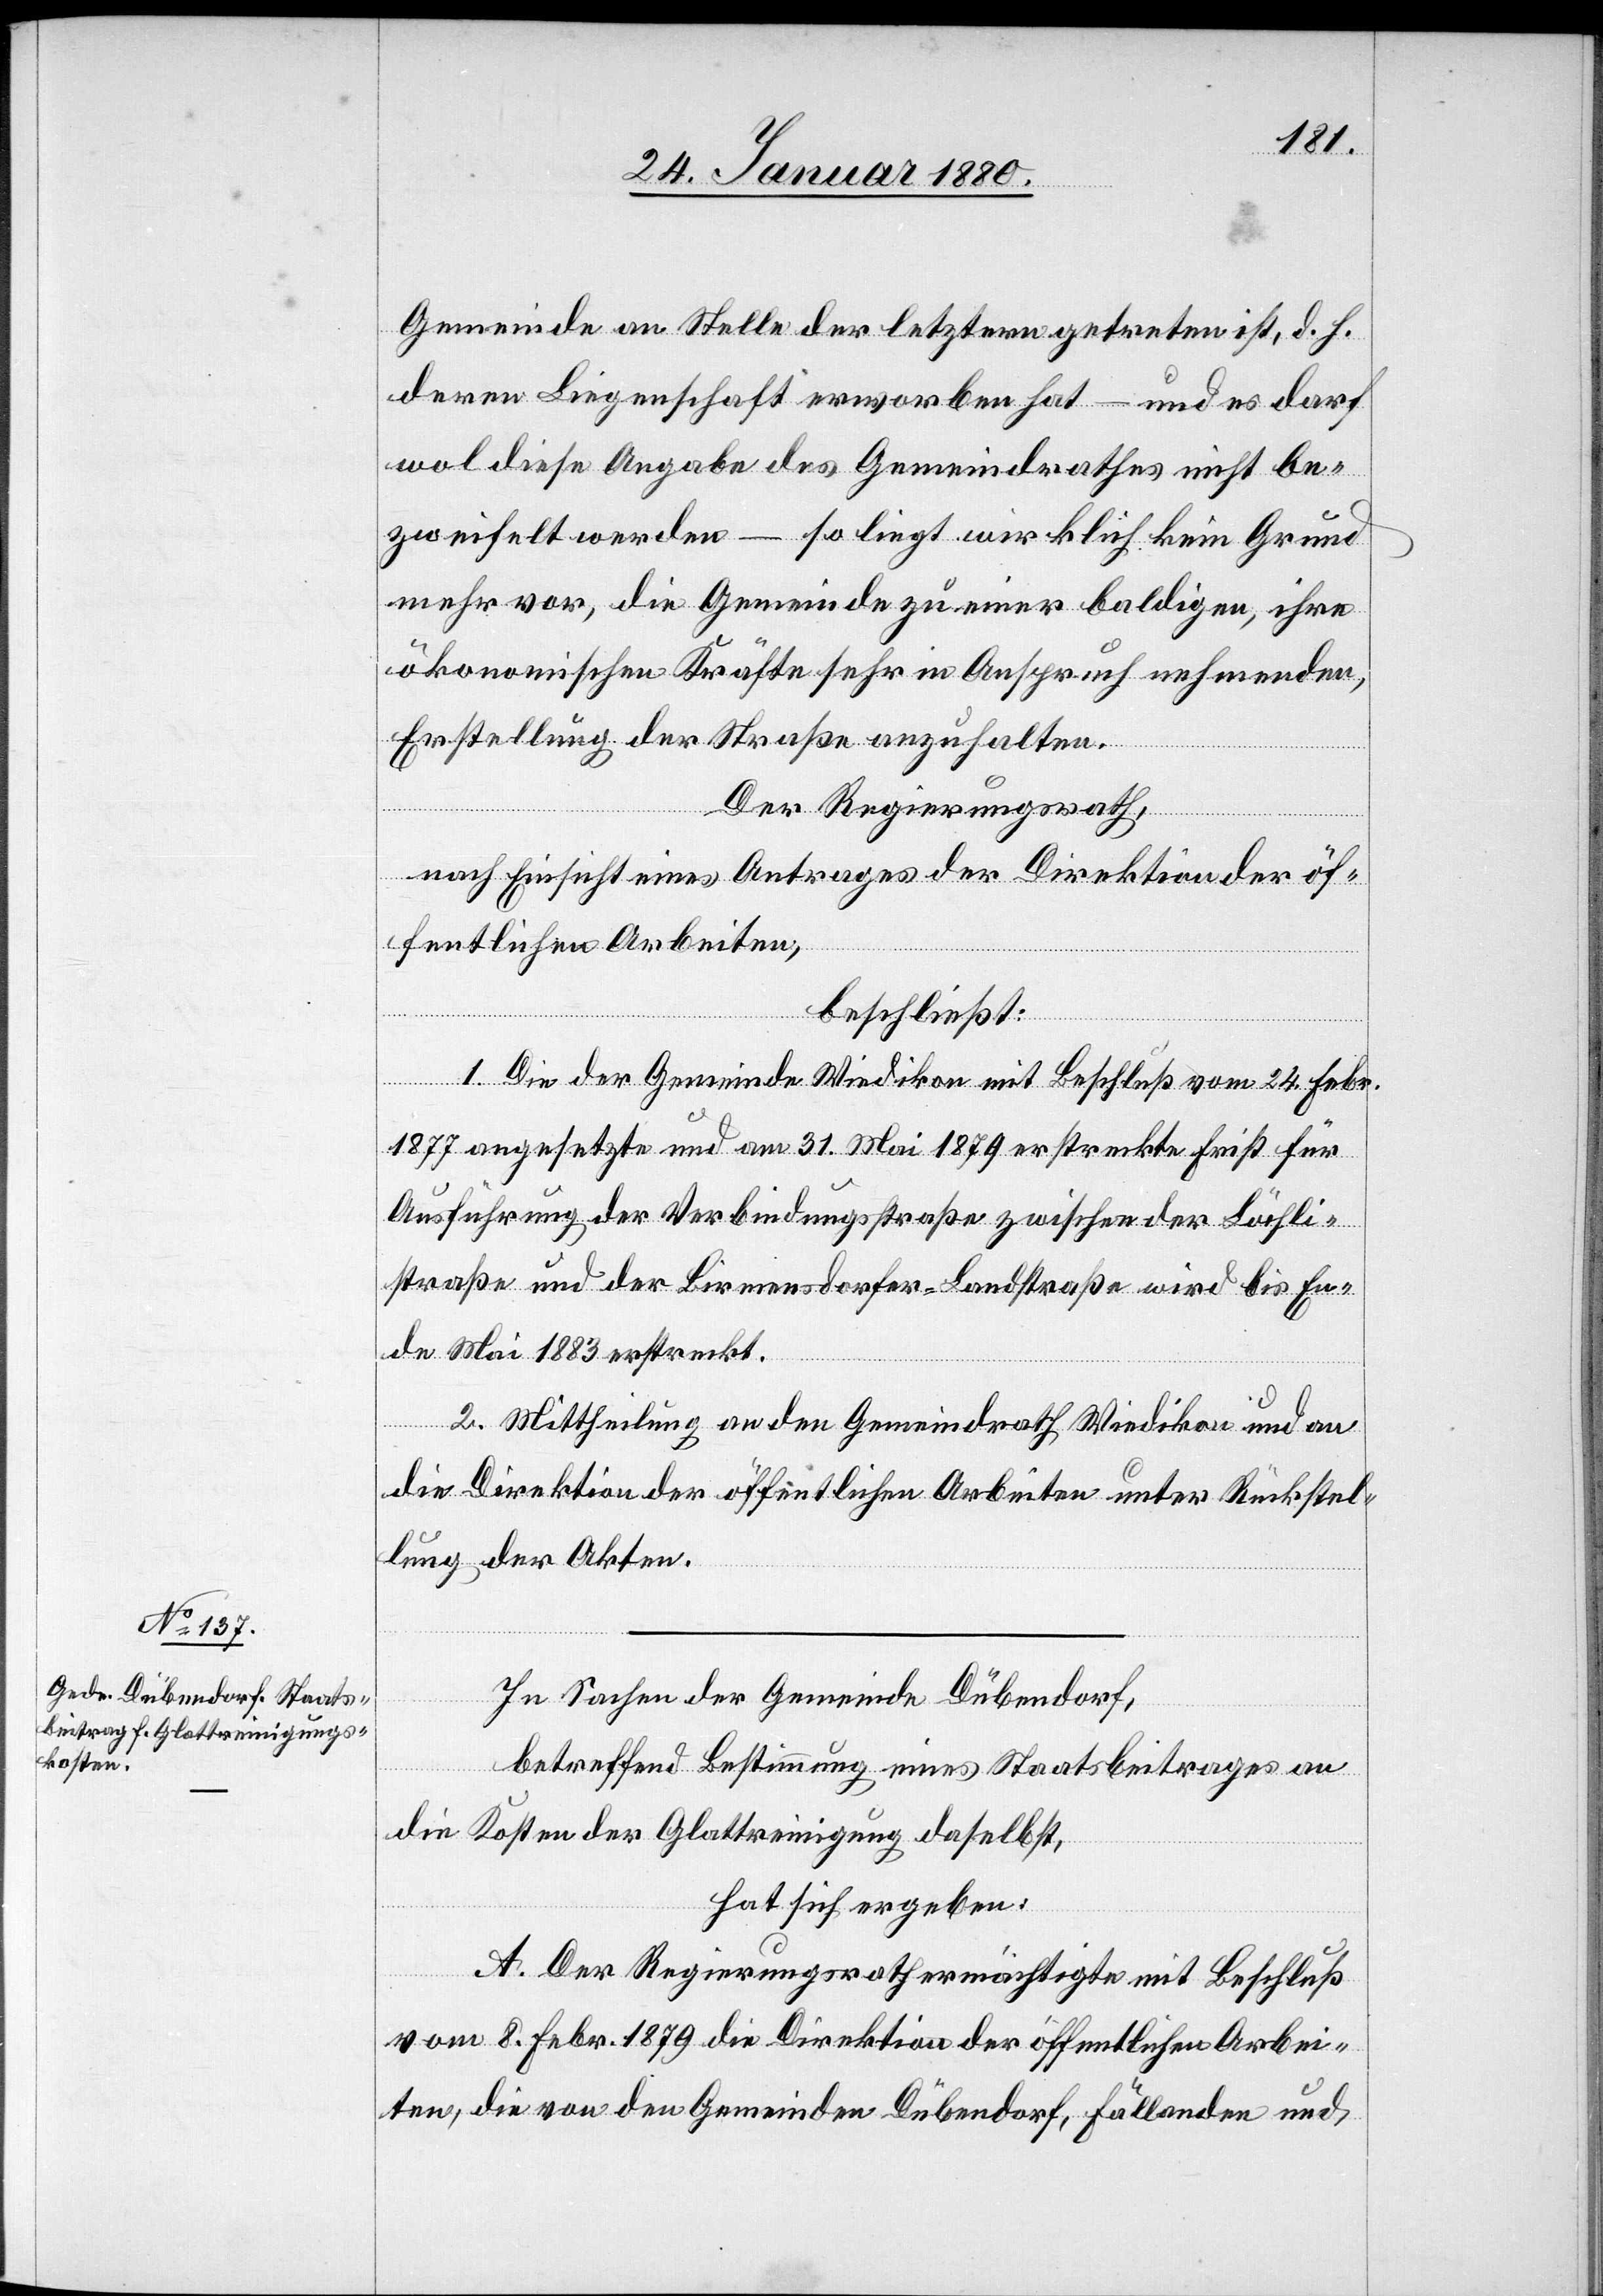
Gemeinde an Stelle der letztern getreten ist, d. h.
deren Liegenschaft erworben hat – und es darf
wol diese Angabe des Gemeindrathes nicht be¬
zweifelt werden – so liegt wirklich kein Grund
mehr vor, die Gemeinde zu einer baldigen, ihre
ökonomischen Kräfte sehr in Anspruch nehmenden,
Erstellung der Straße anzuhalten.
Der Regierungsrath,
nach Einsicht eines Antrages der Direktion der öf¬
fentlichen Arbeiten,
beschließt:
1. Die der Gemeinde Wiedikon mit Beschluß vom 24. Febr.
1877 angesetzte und am 31. Mai 1879 erstreckte Frist für
Ausführung der Verbindungsstraße zwischen der Bächli¬
straße und der Birmensdorfer-Landstraße wird bis En¬
de Mai 1883 erstreckt.
2. Mittheilung an den Gemeindrath Wiedikon und an
die Direktion der öffentlichen Arbeiten unter Rückstel¬
lung der Akten.
In Sachen der Gemeinde Dübendorf,
betreffend Bestimmung eines Staatsbeitrages an
die Kosten der Glattreinigung daselbst,
hat sich ergeben:
A. Der Regierungsrath ermächtigte mit Beschluß
vom 8. Febr. 1879 die Direktion der öffentlichen Arbei¬
ten, die von den Gemeinden Dübendorf, Fällanden und